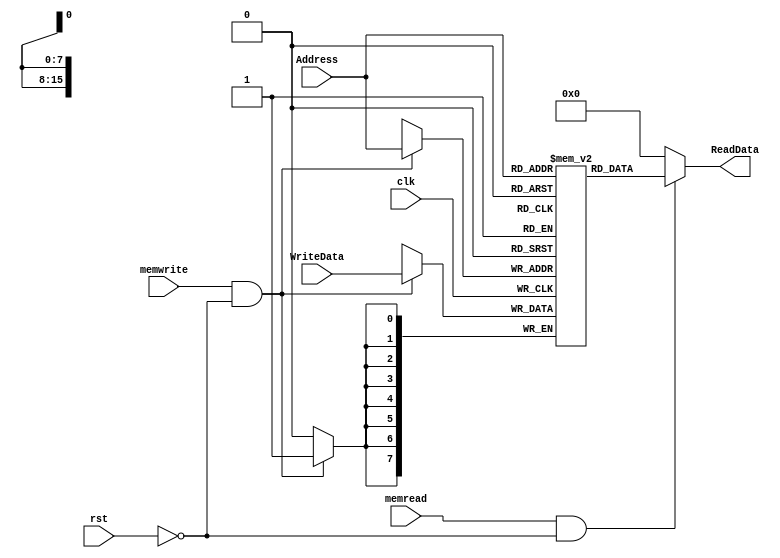
module Mem (clk, rst, memread, memwrite, Address, WriteData, ReadData);
    input clk, rst, memread, memwrite;
    input [15:0] Address;
    input [7:0] WriteData;
    output [7:0] ReadData;

    reg [7:0] mem [0 : 2**16-1];

    assign ReadData = (memread & ~rst) ? mem[Address] : 8'd0;

    always @(posedge clk) begin
        if(memwrite & ~rst) mem[Address] <= WriteData;
    end
endmodule